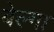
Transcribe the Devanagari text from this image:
बेल्गा